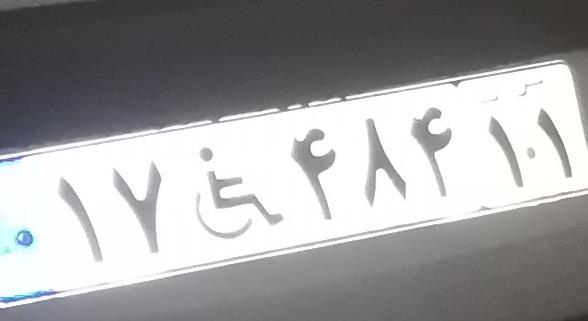
۱۷+۴۸۴۱۱